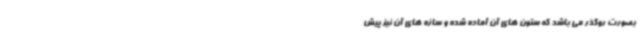
بصورت روگذر می باشد که ستون های آن آماده شده و سازه های آن نیز پیش